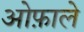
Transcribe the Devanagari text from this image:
ओफ़ाले